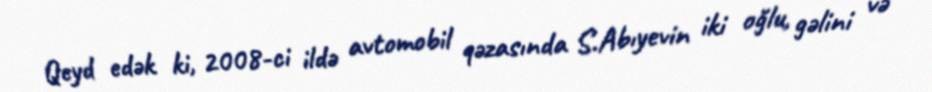
Qeyd edək ki, 2008-ci ildə avtomobil qəzasında S.Abıyevin iki oğlu, gəlini və